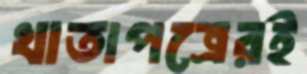
খাতাপত্রেরই